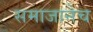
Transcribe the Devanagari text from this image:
समाजानेच